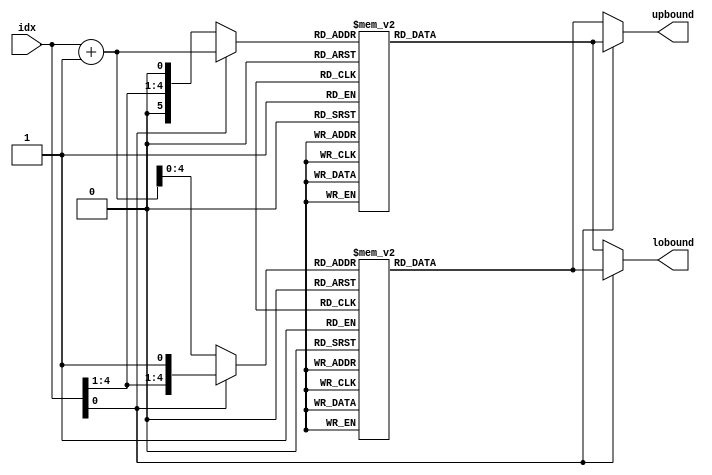
module spr_de_gamma_lut (
    input [4:0] idx,
    output [10:0] lobound,
    output [10:0] upbound
);

wire [4:0] odd_idx;
wire [5:0] even_idx;
assign odd_idx = (idx[0]) ? idx : idx+1;
assign even_idx = (idx[0]) ? idx+1 : idx;

reg [10:0] spr_gamma_odd, spr_gamma_even;

assign lobound = (idx[0]) ? spr_gamma_odd : spr_gamma_even;
assign upbound = (idx[0]) ? spr_gamma_even : spr_gamma_odd;

always @(*) begin
    case(odd_idx)
        1: spr_gamma_odd = 11'd32;
        3: spr_gamma_odd = 11'd96;
        5: spr_gamma_odd = 11'd160;
        7: spr_gamma_odd = 11'd224;
        9: spr_gamma_odd = 11'd288;
        11: spr_gamma_odd = 11'd352;
        13: spr_gamma_odd = 11'd416;
        15: spr_gamma_odd = 11'd502;
        17: spr_gamma_odd = 11'd636;
        19: spr_gamma_odd = 11'd790;
        21: spr_gamma_odd = 11'd952;
        23: spr_gamma_odd = 11'd1200;
        25: spr_gamma_odd = 11'd1400;
        27: spr_gamma_odd = 11'd1720;
        29: spr_gamma_odd = 11'd1980;
        31: spr_gamma_odd = 11'd2038;
        default: spr_gamma_odd = 0;
    endcase
end

always @(*) begin
    case(even_idx)
        0: spr_gamma_even = 11'd0;
        2: spr_gamma_even = 11'd64;
        4: spr_gamma_even = 11'd128;
        6: spr_gamma_even = 11'd192;
        8: spr_gamma_even = 11'd256;
        10: spr_gamma_even = 11'd320;
        12: spr_gamma_even = 11'd364;
        14: spr_gamma_even = 11'd462;
        16: spr_gamma_even = 11'd574;
        18: spr_gamma_even = 11'd692;
        20: spr_gamma_even = 11'd876;
        22: spr_gamma_even = 11'd1084;
        24: spr_gamma_even = 11'd1304;
        26: spr_gamma_even = 11'd1570;
        28: spr_gamma_even = 11'd1856;
        30: spr_gamma_even = 11'd2010;
        32: spr_gamma_even = 11'd2040;
        default: spr_gamma_even = 0;
    endcase
end
    
endmodule